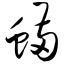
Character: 螨